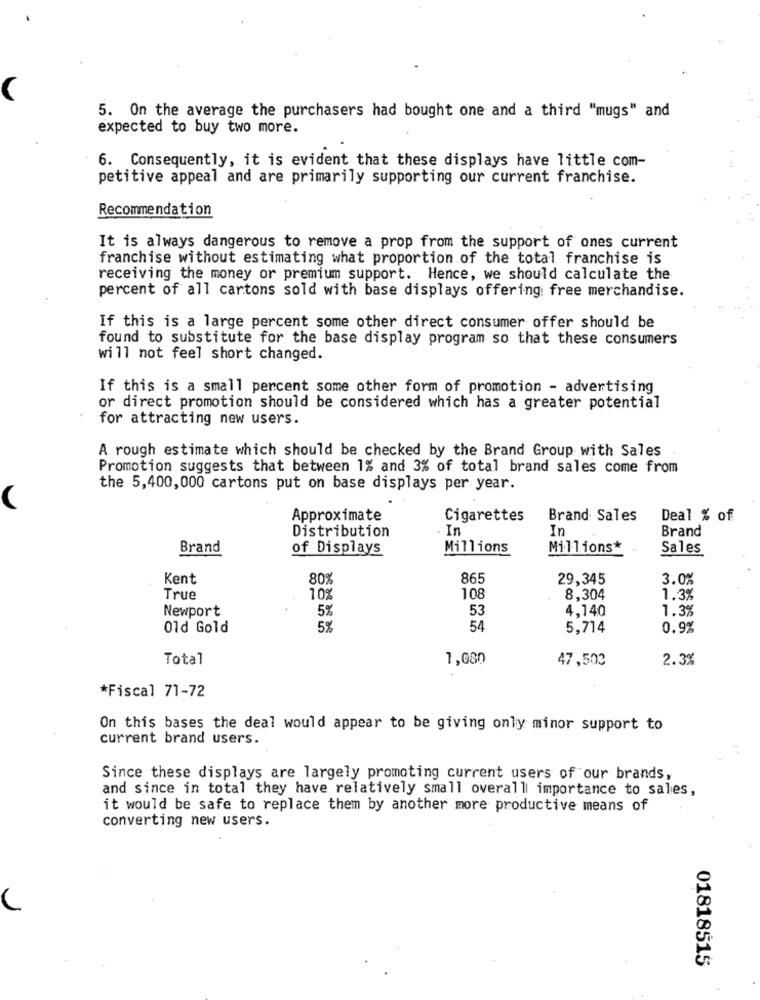
5. On the average the purchasers had bought one and a third "mugs" and
expected to buy two more.
6. Consequently, it is evident that these displays have little com-
petitive appeal and are primarily supporting our current franchise.
Recommendation
It is always dangerous to remove a prop from the support of ones current
franchise without estimating what proportion of the total franchise is
receiving the money or premium support. Hence, we should calculate the
percent of all cartons sold with base displays offering: free merchandise.
If this is a large percent some other direct consumer offer should be
found to substitute for the base display program so that these consumers
will not feel short changed.
If this is a small percent some other form of promotion - advertising
or direct promotion should be considered which has a greater potential
for attracting new users.
A rough estimate which should be checked by the Brand Group with Sales
Promotion suggests that between 1% and 3% of total brand sales come from
the 5,400,000 cartons put on base displays per year.
Approximate
Cigarettes
Brand: Sales
Deal % of
Distribution
In
In
Brand
Brand
of Displays
Millions
Millions*
Sales
Kent
80%
86!
29,345
3.0%
True
10%
108
8,304
1.3%
Newport
5%
53
4.140
1.3%
Old Gold
5%
54
5,714
0.9%
Total
1,080
47,503
2.3%
*Fiscal 71-72
On this bases the deal would appear to be giving only minor support to
current brand users.
Since these displays are largely promoting current users of our brands,
and since in total they have relatively small overall importance to sales,
it would be safe to replace them by another more productive means of
converting new users.
01818515